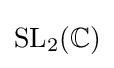
{\rm {SL}}_{2}(\mathbb {C} )